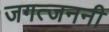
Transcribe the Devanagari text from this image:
जगत्जननी